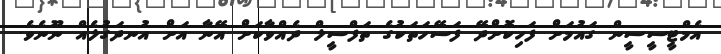
އެމްޓީސީސީން ގައުމަށް ފަހިކޮށްދޭ ފަސޭހަތަކުގެ ތަފްސީލް ދެއްވާކަށް އޭނާ އަށް އުނދަގުލެއް ނޫނެވެ.